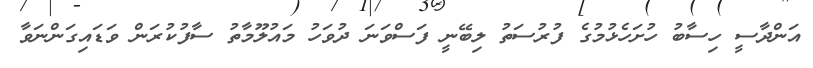
އަންދާސީ ހިސާބު ހުށަހެޅުމުގެ ފުރުސަތު ލިބޭނީ ފަސްވަނަ ދުވަހު މައުލޫމާތު ސާފުކުރަން ވަޑައިގަންނަވާ